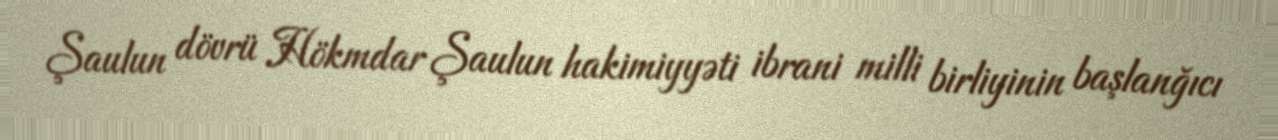
Şaulun dövrü Hökmdar Şaulun hakimiyyəti ibrani milli birliyinin başlanğıcı